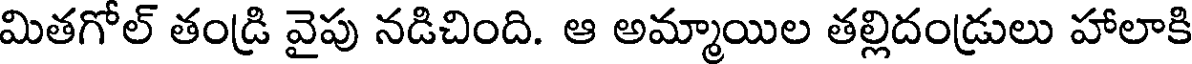
మితగోల్ తండ్రి వైపు నడిచింది. ఆ అమ్మాయిల తల్లిదండ్రులు హాలాకి